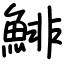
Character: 鯡